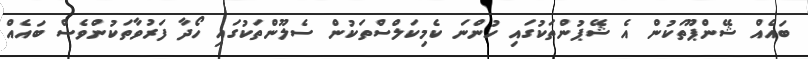
ބައެއް ޝޭންޕޫތަކުން އެ ޝޭޕުންތަކުގައި ހުންނަ ކެމިކަލްސްތަކުން ސެލޫންތަކުގައި ހޯދާ ފަރުވާތަކުންވެސް ބައެއް